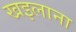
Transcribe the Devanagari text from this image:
खइलाना